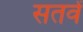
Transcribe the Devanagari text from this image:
सतवें